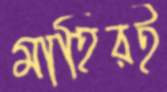
মাহিরই